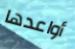
أواعدها